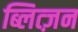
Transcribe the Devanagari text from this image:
ब्लित्ज़न